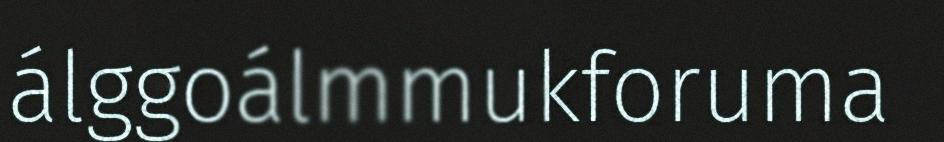
álggoálmmukforuma